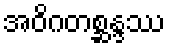
အဝိဂတစ္ဆန္ဒဿ